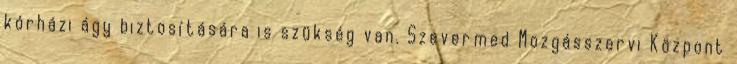
kórházi ágy biztosítására is szükség van. Szevermed Mozgásszervi Központ